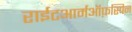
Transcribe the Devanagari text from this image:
राईटआर्मऑफ़स्पिन